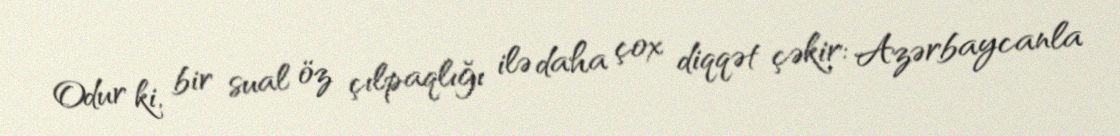
Odur ki, bir sual öz çılpaqlığı ilə daha çox diqqət çəkir: Azərbaycanla